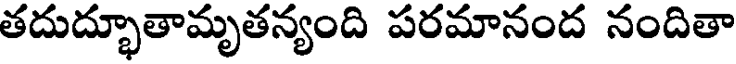
తదుద్భూతామృతన్యంది పరమానంద నందితా